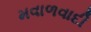
મવાળવાદી